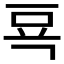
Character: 𰶗